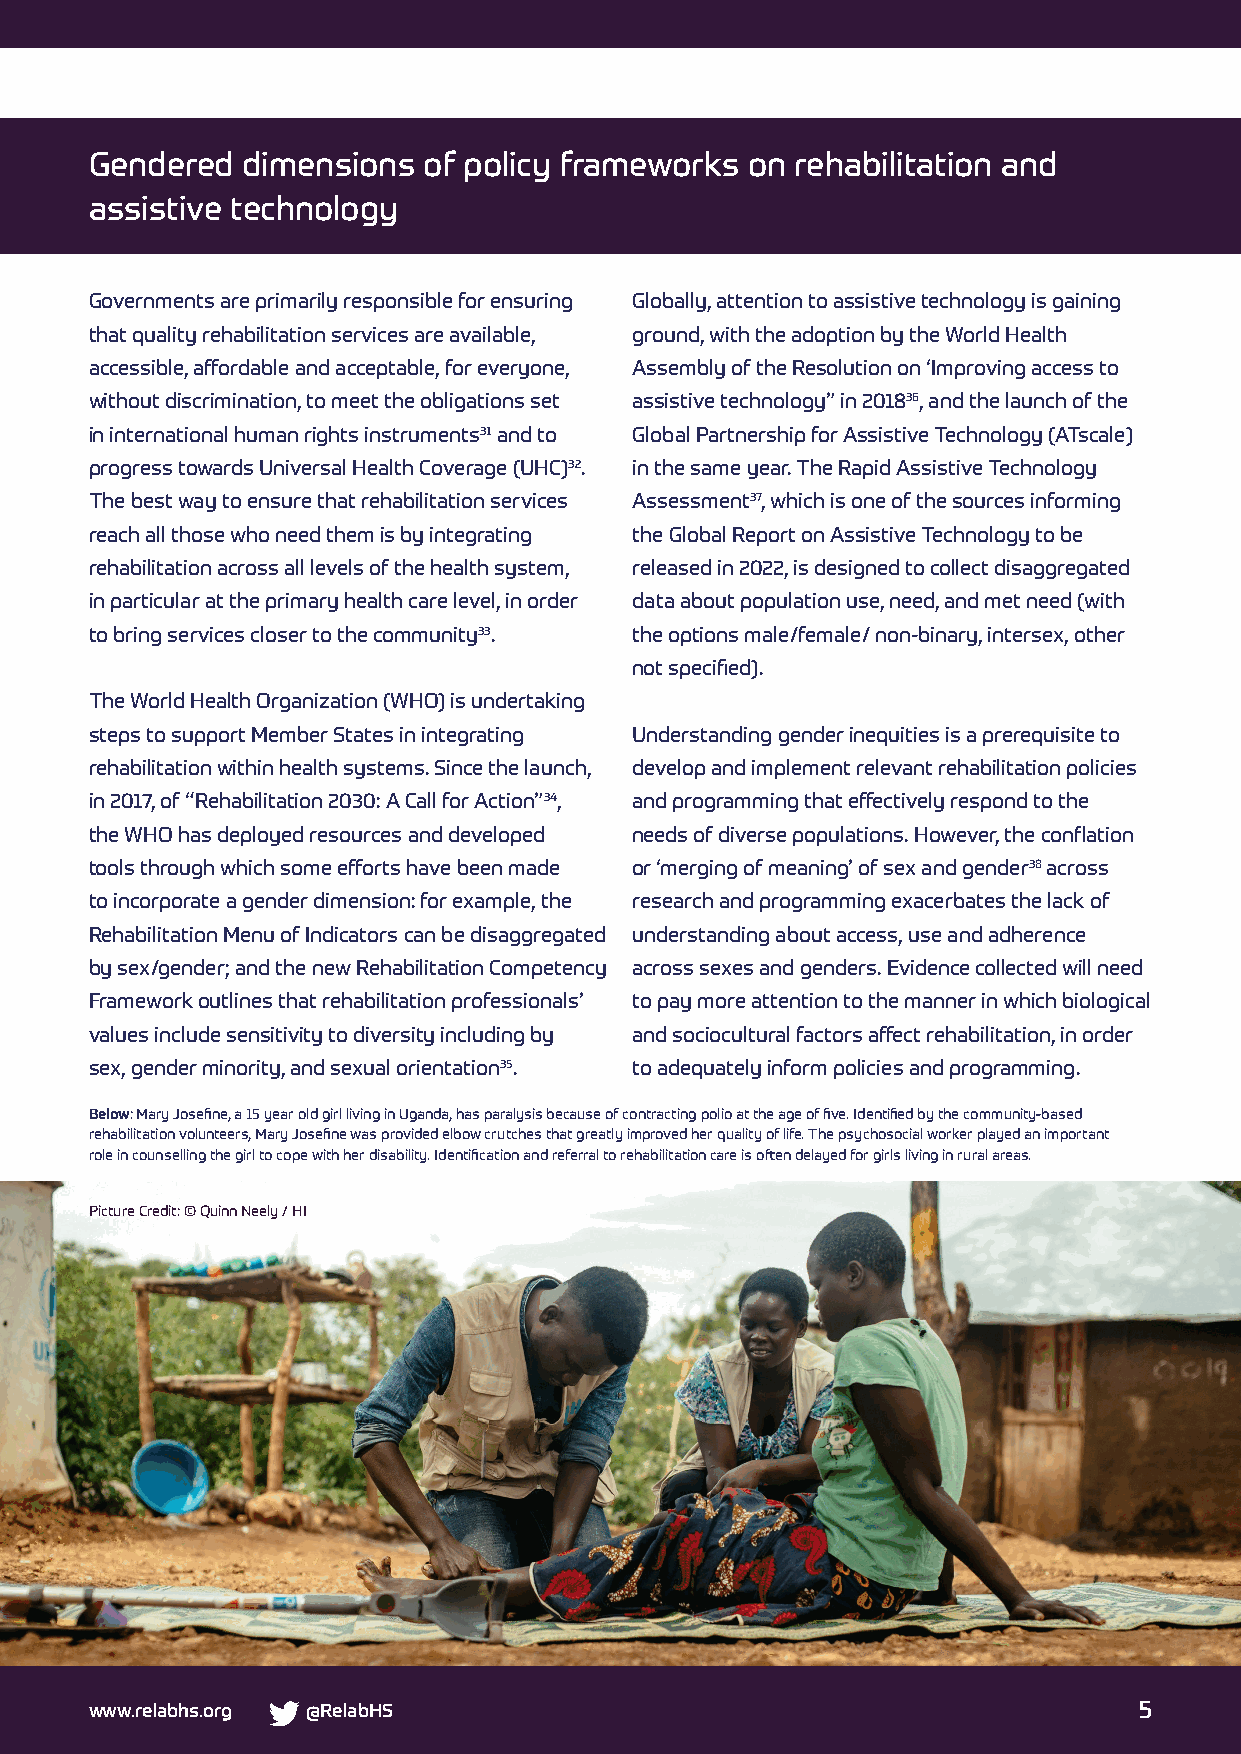
Gendered  dimensions  of policy frameworks on  rehabilitation and
 assistive technology
 Governments are primarily responsible for ensuring Globally, attention to assistive technology is gaining
 that quality rehabilitation services are available, ground, with the adoption by the World Health
 accessible, affordable and acceptable, for everyone, Assembly of the Resolution on ‘Improving access to
 without discrimination, to meet the obligations set assistive technology” in 201836, and the launch of the
 in international human rights instruments31 and to Global Partnership for Assistive Technology (ATscale)
 progress towards Universal Health Coverage (UHC)32. in the same year. The Rapid Assistive Technology
 The best way to ensure that rehabilitation services Assessment37, which is one of the sources informing
 reach all those who need them is by integrating the Global Report on Assistive Technology to be
 rehabilitation across all levels of the health system, released in 2022, is designed to collect disaggregated
 in particular at the primary health care level, in order data about population use, need, and met need (with
 to bring services closer to the community33. the options male/female/ non-binary, intersex, other
 not specified).
 The World Health Organization (WHO) is undertaking
 steps to support Member States in integrating Understanding gender inequities is a prerequisite to
 rehabilitation within health systems. Since the launch, develop and implement relevant rehabilitation policies
 in 2017, of “Rehabilitation 2030: A Call for Action”34, and programming that effectively respond to the
 the WHO has deployed resources and developed needs of diverse populations. However, the conflation
 tools through which some efforts have been made or ‘merging of meaning’ of sex and gender38 across
 to incorporate a gender dimension: for example, the research and programming exacerbates the lack of
 Rehabilitation Menu of Indicators can be disaggregated understanding about access, use and adherence
 by sex/gender; and the new Rehabilitation Competency across sexes and genders. Evidence collected will need
 Framework outlines that rehabilitation professionals’ to pay more attention to the manner in which biological
 values include sensitivity to diversity including by and sociocultural factors affect rehabilitation, in order
 sex, gender minority, and sexual orientation35. to adequately inform policies and programming.
 Below: Mary Josefine, a 15 year old girl living in Uganda, has paralysis because of contracting polio at the age of five. Identified by the community-based
 rehabilitation volunteers, Mary Josefine was provided elbow crutches that greatly improved her quality of life. The psychosocial worker played an important
 role in counselling the girl to cope with her disability. Identification and referral to rehabilitation care is often delayed for girls living in rural areas.
 Picture Credit: © Quinn Neely / HI
 www.relabhs.org @RelabHS                                             5